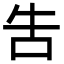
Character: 吿